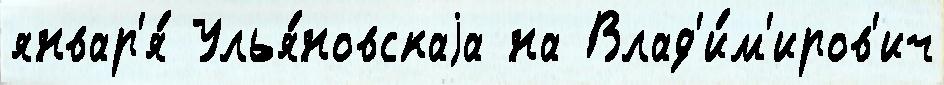
январ'я́ Улья́новскаjа на Влад'и́м'иров'ич